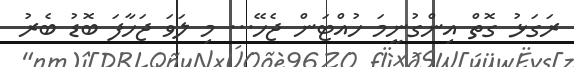
ރަގަޅު ގޮތް އިންގުނީމަ ހުއްޓަން ޖެހޭ... މި ލަވަ ޖަހާފަ ބޮޑު ބެރު